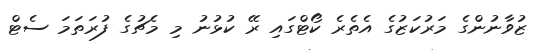
ޒުވާނުންގެ މަރުކަޒުގެ އެތެރެ ކޯޓްގައި ރޭ ކުޅުނު މި މެޗުގެ ފުރަތަމަ ސެޓް